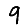
Digit: 9